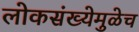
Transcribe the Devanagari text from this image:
लोकसंख्येमुळेच